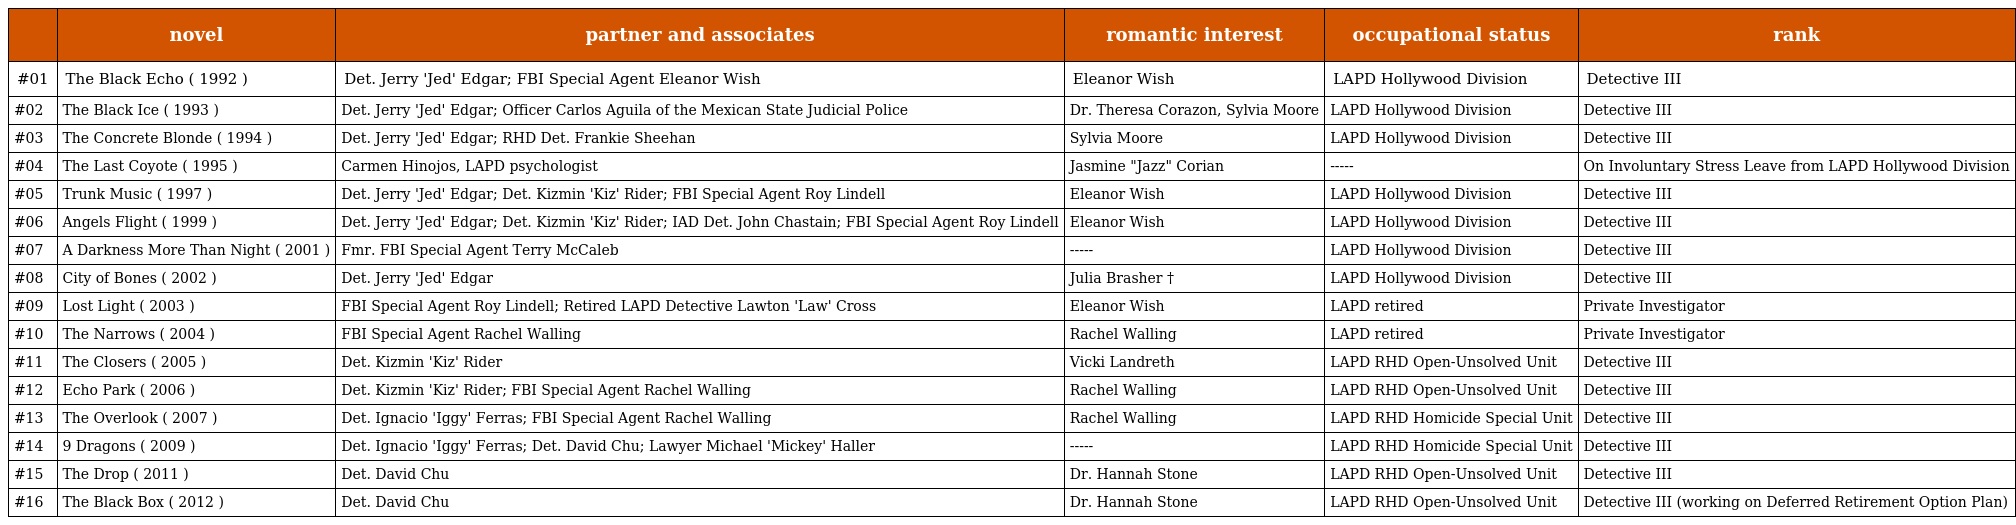
|  | novel | partner and associates | romantic interest | occupational status | rank |
 | --- | --- | --- | --- | --- | --- |
 | #01 | The Black Echo ( 1992 ) | Det. Jerry 'Jed' Edgar; FBI Special Agent Eleanor Wish | Eleanor Wish | LAPD Hollywood Division | Detective III |
 | #02 | The Black Ice ( 1993 ) | Det. Jerry 'Jed' Edgar; Officer Carlos Aguila of the Mexican State Judicial Police | Dr. Theresa Corazon, Sylvia Moore | LAPD Hollywood Division | Detective III |
 | #03 | The Concrete Blonde ( 1994 ) | Det. Jerry 'Jed' Edgar; RHD Det. Frankie Sheehan | Sylvia Moore | LAPD Hollywood Division | Detective III |
 | #04 | The Last Coyote ( 1995 ) | Carmen Hinojos, LAPD psychologist | Jasmine "Jazz" Corian | ----- | On Involuntary Stress Leave from LAPD Hollywood Division |
 | #05 | Trunk Music ( 1997 ) | Det. Jerry 'Jed' Edgar; Det. Kizmin 'Kiz' Rider; FBI Special Agent Roy Lindell | Eleanor Wish | LAPD Hollywood Division | Detective III |
 | #06 | Angels Flight ( 1999 ) | Det. Jerry 'Jed' Edgar; Det. Kizmin 'Kiz' Rider; IAD Det. John Chastain; FBI Special Agent Roy Lindell | Eleanor Wish | LAPD Hollywood Division | Detective III |
 | #07 | A Darkness More Than Night ( 2001 ) | Fmr. FBI Special Agent Terry McCaleb | ----- | LAPD Hollywood Division | Detective III |
 | #08 | City of Bones ( 2002 ) | Det. Jerry 'Jed' Edgar | Julia Brasher † | LAPD Hollywood Division | Detective III |
 | #09 | Lost Light ( 2003 ) | FBI Special Agent Roy Lindell; Retired LAPD Detective Lawton 'Law' Cross | Eleanor Wish | LAPD retired | Private Investigator |
 | #10 | The Narrows ( 2004 ) | FBI Special Agent Rachel Walling | Rachel Walling | LAPD retired | Private Investigator |
 | #11 | The Closers ( 2005 ) | Det. Kizmin 'Kiz' Rider | Vicki Landreth | LAPD RHD Open-Unsolved Unit | Detective III |
 | #12 | Echo Park ( 2006 ) | Det. Kizmin 'Kiz' Rider; FBI Special Agent Rachel Walling | Rachel Walling | LAPD RHD Open-Unsolved Unit | Detective III |
 | #13 | The Overlook ( 2007 ) | Det. Ignacio 'Iggy' Ferras; FBI Special Agent Rachel Walling | Rachel Walling | LAPD RHD Homicide Special Unit | Detective III |
 | #14 | 9 Dragons ( 2009 ) | Det. Ignacio 'Iggy' Ferras; Det. David Chu; Lawyer Michael 'Mickey' Haller | ----- | LAPD RHD Homicide Special Unit | Detective III |
 | #15 | The Drop ( 2011 ) | Det. David Chu | Dr. Hannah Stone | LAPD RHD Open-Unsolved Unit | Detective III |
 | #16 | The Black Box ( 2012 ) | Det. David Chu | Dr. Hannah Stone | LAPD RHD Open-Unsolved Unit | Detective III (working on Deferred Retirement Option Plan) |